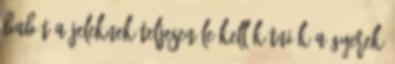
babát A jeleknek teljesen le kell kötniük a gyerek